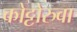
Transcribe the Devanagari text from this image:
कोट्टोरुवा